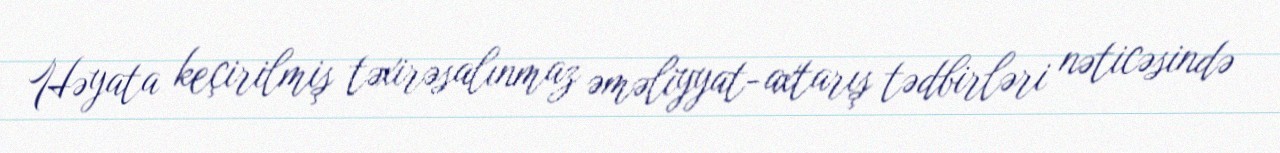
Həyata keçirilmiş təxirəsalınmaz əməliyyat-axtarış tədbirləri nəticəsində